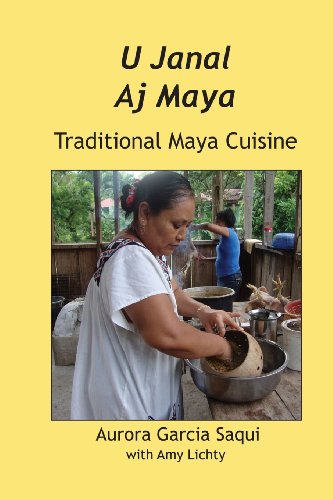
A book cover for U Janal Aj Maya: Traditional Maya Cuisine; Garcia Aurora Saqui; Cookbooks, Food & Wine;